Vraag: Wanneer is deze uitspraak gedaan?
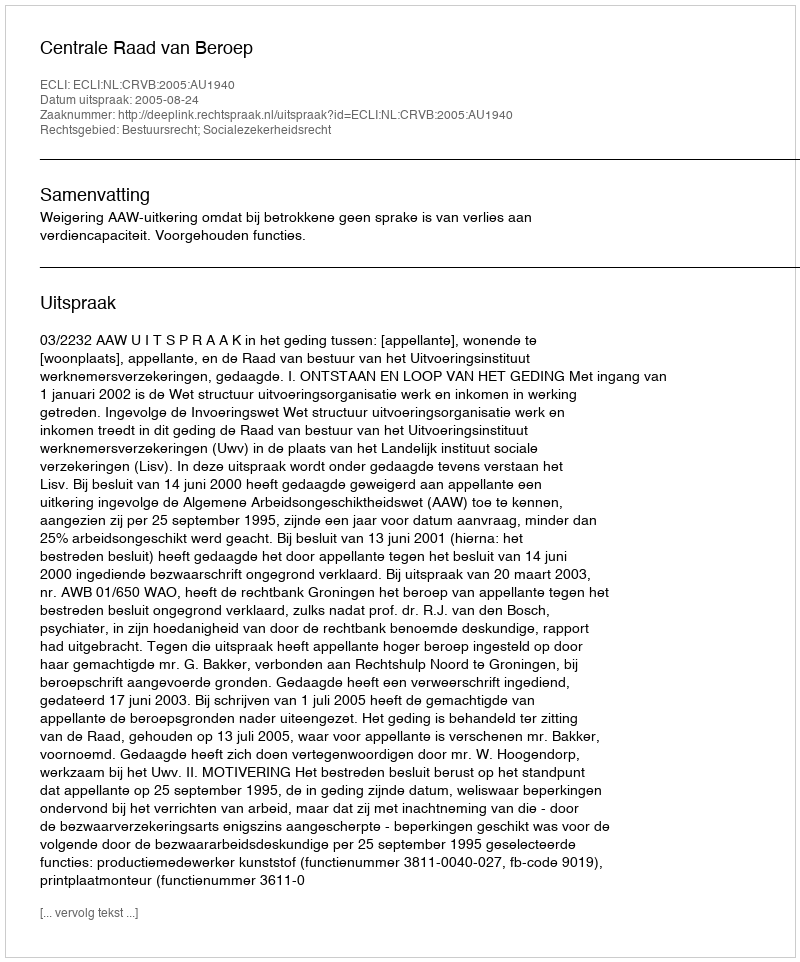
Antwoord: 2005-08-24